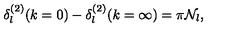
\delta _ { l } ^ { ( 2 ) } ( k = 0 ) - \delta _ { l } ^ { ( 2 ) } ( k = \infty ) = \pi { \mathcal N } _ { l } ,